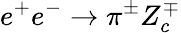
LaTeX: e^{+}e^{-}\to\pi^{\pm}Z_{c}^{\mp}